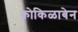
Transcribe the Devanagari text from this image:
कोकिळाबेन